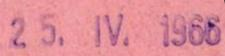
25. IV. 1966